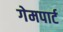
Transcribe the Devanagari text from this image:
गेमपार्ट